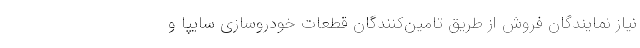
نیاز نمایندگان فروش از طریق تامین‌کنندگان قطعات خودروسازی سایپا و